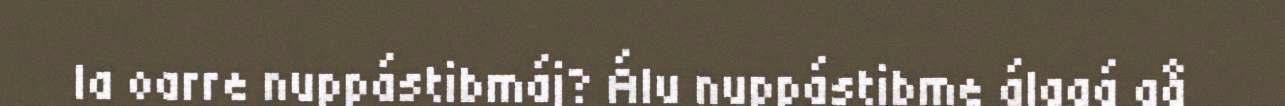
la oarre nuppástibmáj? Álu nuppástibme álggá gå